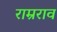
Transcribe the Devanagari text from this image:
राम्रराव